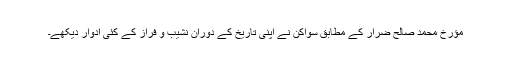
مؤرخ محمد صالح ضرار کے مطابق سواکن نے اپنی تاریخ کے دوران نشیب و فراز کے کئی ادوار دیکھے۔